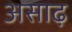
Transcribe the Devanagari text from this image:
असाढ़